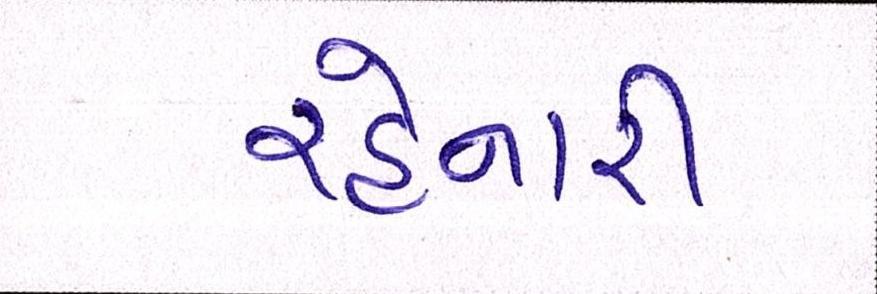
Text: રહેનારી